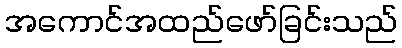
အကောင်အထည်ဖော်ခြင်းသည်